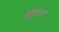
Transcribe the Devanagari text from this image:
मुंहता